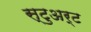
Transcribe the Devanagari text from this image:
स्‍टुअर्ट